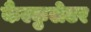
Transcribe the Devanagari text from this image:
कैल्कुलेटर